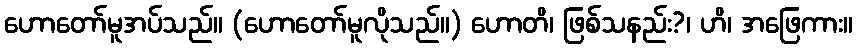
ဟောတော်မူအပ်သည်။ (ဟောတော်မူလိုသည်။) ဟောတိ၊ ဖြစ်သနည်း?၊ ဟိ၊ အဖြေကား။